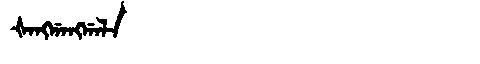
Manchu: ᡧᠠᠩᡤᠠᠩᡤᠠᠯᠠ
Romanization: ŠANGGANGGALA